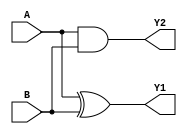
module half_adder(Y1,Y2,A,B);
output Y1;
output Y2;
input  A,B;

assign Y1 = A^B; //bitwise XOR
assign Y2 = A&B; //bitwise AND

endmodule